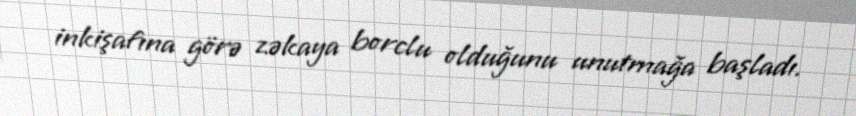
inkişafına görə zəkaya borclu olduğunu unutmağa başladı.